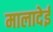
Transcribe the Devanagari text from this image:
मालादेई